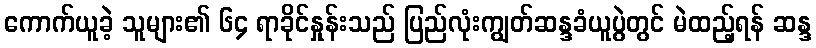
ကောက်ယူခဲ့ သူများ၏ ၆၄ ရာခိုင်နှုန်းသည် ပြည်လုံးကျွတ်ဆန္ဒခံယူပွဲတွင် မဲထည့်ရန် ဆန္ဒ